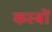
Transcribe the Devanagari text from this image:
कस्‍बों